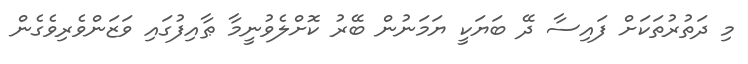
މި ދަތުރުތަކަށް ފައިސާ ދޭ ބަޔަކީ ޔަމަނުން ބޭރު ކޮށްލެވުނީމާ ޠާއިފުގައި ވަޒަންވެރިވެގެން